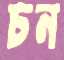
চন